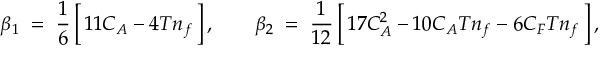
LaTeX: \beta _ { 1 } \; = \; \frac { 1 } { 6 } \, \Big [ \, 1 1 C _ { A } - 4 T n _ { f } \, \Big ] \, , \qquad \beta _ { 2 } \; = \; \frac { 1 } { 1 2 } \, \Big [ \, 1 7 C _ { A } ^ { 2 } - 1 0 C _ { A } T n _ { f } - 6 C _ { F } T n _ { f } \, \Big ] \, ,